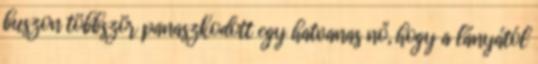
buszon többször panaszkodott egy hatvanas nő, hogy a lányától